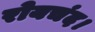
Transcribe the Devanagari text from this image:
रोयचंद।